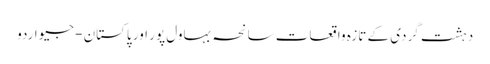
دہشت گردی کے تازہ واقعات سانحہ بہاول پور اور پاکستان - جیو اردو